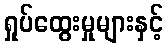
ရှုပ်ထွေးမှုများနှင့်